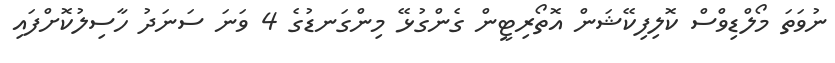
ނުވަތަ މޯލްޑިވްސް ކޮލިފިކޭޝަން އޮތޯރިޓީން ގެންގުޅޭ މިންގަނޑުގެ 4 ވަނަ ސަނަދު ހާސިލުކޮށްފައި